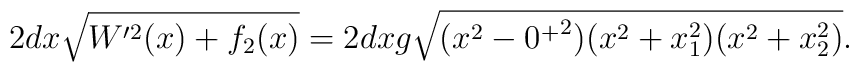
2dx \sqrt{W'^2(x)+f_2(x)}=2dx g \sqrt{(x^2-{0^+}^2)(x^2+x_1^2)(x^2+x_2^2)}.